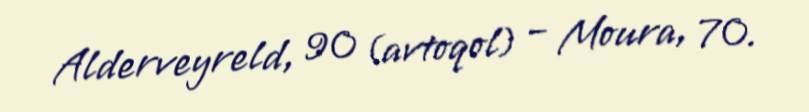
Alderveyreld, 90 (avtoqol) – Moura, 70.